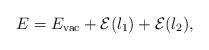
LaTeX: \begin{align*}E = E_{\rm vac} + {\cal E}(\l_1) + {\cal E}(\l_2),\end{align*}